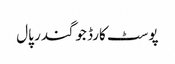
پوسٹ کارڈ جوگندر پال